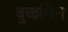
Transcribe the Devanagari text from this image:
बुकचिन